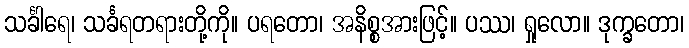
သင်္ခါရေ၊ သင်္ခရတရားတို့ကို။ ပရတော၊ အနိစ္စအားဖြင့်။ ပဿ၊ ရှုလော။ ဒုက္ခတော၊